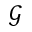
\mathcal { G }